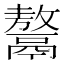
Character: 𩱏